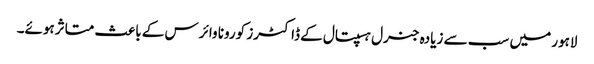
لاہور میں سب سے زیادہ جنرل ہسپتال کے ڈاکٹرز کورونا وائرس کے باعث متاثرہوئے۔